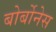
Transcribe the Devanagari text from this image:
बोर्बोनेस